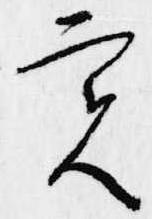
実